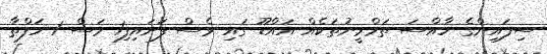
ސިފައިންގެ ހާއްސަ ތަމްރީނުތަކެއް އައްޑޫ ގައި ވެސް ފަށައިފި1 މަސް 1 ހަފްތާ